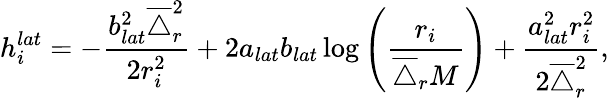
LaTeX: h_{i}^{lat}=-\frac{b_{lat}^{2}\overline{{\triangle}}_{r}^{2}}{2r_{i}^{2}}+2a_{lat}b_{lat}\log\left(\frac{r_{i}}{\overline{{\triangle}}_{r}M}\right)+\frac{a_{lat}^{2}r_{i}^{2}}{2\overline{{\triangle}}_{r}^{2}},